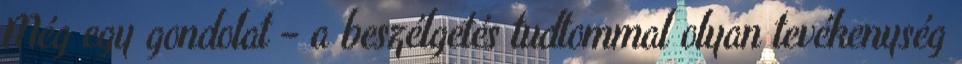
Még egy gondolat – a beszélgetés tudtommal olyan tevékenység